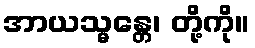
အာယသ္မန္တေ၊ တို့ကို။